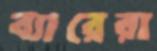
ব্যারেরা